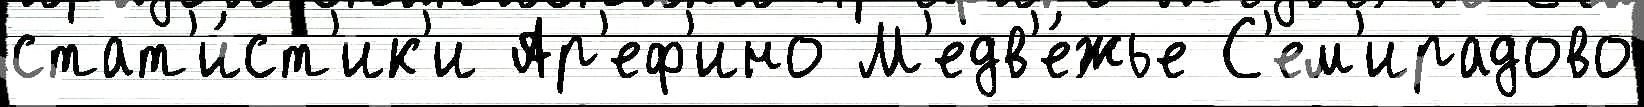
стат'и́ст'ик'и Ар'еф'ино М'едв'е́жье С'ем'ирадово